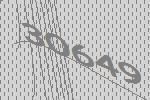
30649